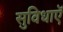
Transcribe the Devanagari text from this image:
सुविधाऍ